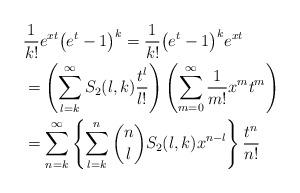
LaTeX: \begin{align*}& \frac{1}{k!}e^{xt}\big(e^t-1\big)^k = \frac{1}{k!} \big(e^t-1\big)^k e^{xt} \\&=\left( \sum_{l=k}^\infty S_2(l,k)\frac{t^l}{l!} \right) \left( \sum_{m=0}^\infty \frac{1}{m!} x^m t^m \right)\\&= \sum_{n=k}^\infty \left\{ \sum_{l=k}^n {n \choose l} S_2(l,k) x^{n-l} \right\} \frac{t^n}{n!}\end{align*}